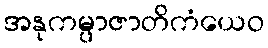
အနုကမ္ပာဇာတိကံယေဝ